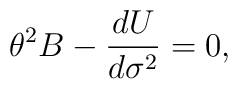
{\theta}^2B-\frac{dU}{d{\sigma}^2}=0,